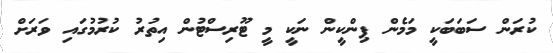
ކުރަން ސަބަބަކީ މަމެން ޕިންކީން ނަކީ މީ ޓޫރިސްޓުން އިތުރު ކުރުމުގައި ވަރަށް